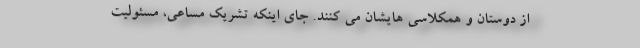
از دوستان و همکلاسی هایشان می کنند. جای اینکه تشریک مساعی، مسئولیت